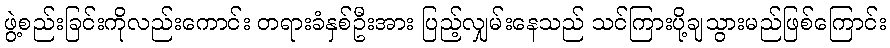
ဖွဲ့စည်းခြင်းကိုလည်းကောင်း တရားခံနှစ်ဦးအား ပြည့်လျှမ်းနေသည် သင်ကြားပို့ချသွားမည်ဖြစ်ကြောင်း